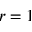
r = 1